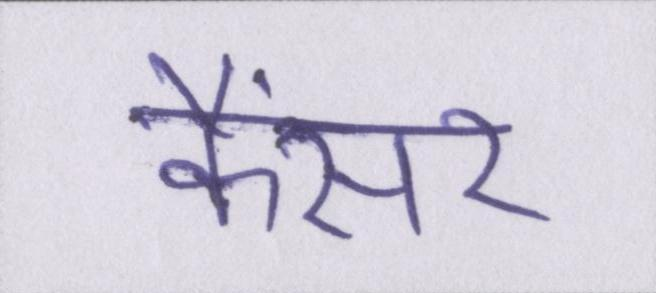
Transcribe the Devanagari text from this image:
कैंसर